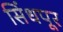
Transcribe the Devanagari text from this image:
सिंधपूर